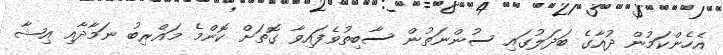
އެހެންކަމުން ދުއާގެ ބަދަލުގައި ސުންނަތުން ސާބިތުވެފައިވާ ގޮތަށް ކޮންމެ މަޣްރިބު ނަމާދާއި އިޝާ